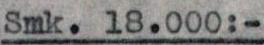
Smk.18.000:-